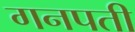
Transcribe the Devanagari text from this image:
गनपती